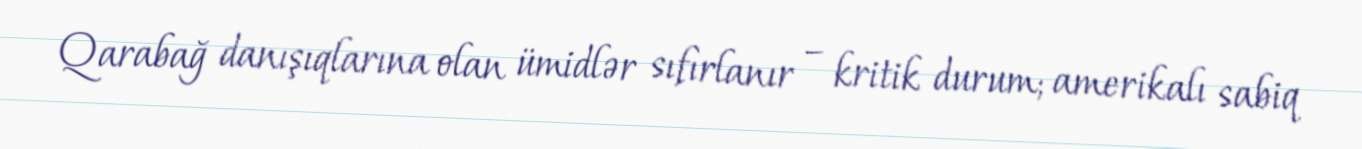
Qarabağ danışıqlarına olan ümidlər sıfırlanır – kritik durum; amerikalı sabiq